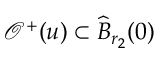
\mathcal { O } ^ { + } ( u ) \subset \widehat { B } _ { r _ { 2 } } ( 0 )